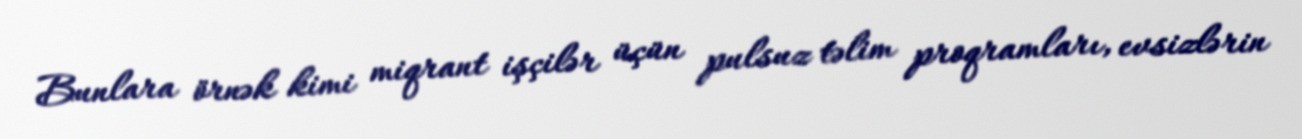
Bunlara örnək kimi miqrant işçilər üçün pulsuz təlim proqramları, evsizlərin